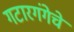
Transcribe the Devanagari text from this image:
गटारगंगेचे